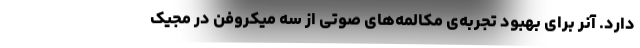
دارد. آنر برای بهبود تجربه‌ی مکالمه‌های صوتی از سه ‌میکروفن در مجیک